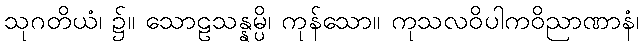
သုဂတိယံ၊ ၌။ သောဠသန္နမ္ပိ၊ ကုန်သော။ ကုသလဝိပါကဝိညာဏာနံ၊